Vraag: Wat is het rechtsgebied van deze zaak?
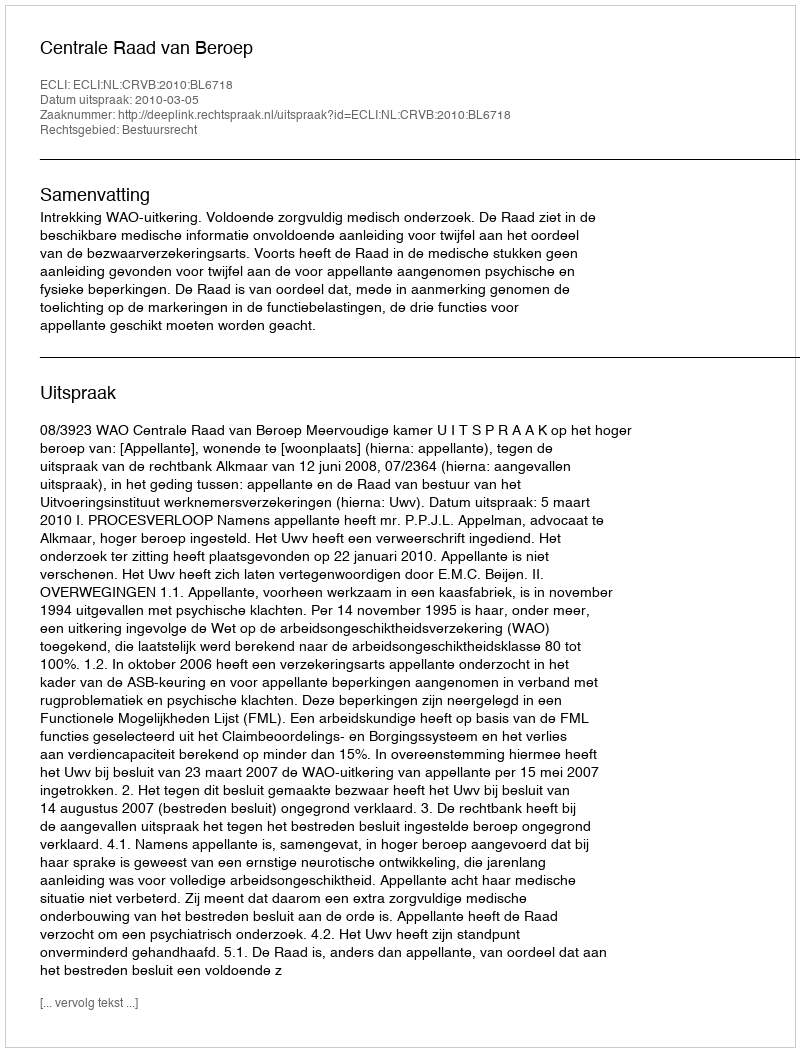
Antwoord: Bestuursrecht